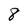
Character: 8